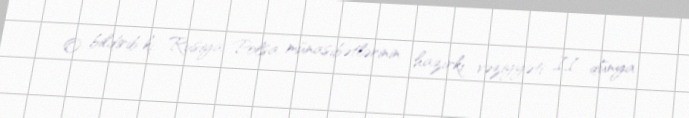
O bildirib ki, Rusiya-Polşa münasibətlərinin hazırkı vəziyyəti II dünya